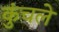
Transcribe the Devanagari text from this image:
कुंचले